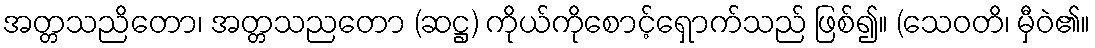
အတ္တသညိတော၊ အတ္တသညတော (ဆဋ္ဌ) ကိုယ်ကိုစောင့်ရှောက်သည် ဖြစ်၍။ (သေဝတိ၊ မှီဝဲ၏။